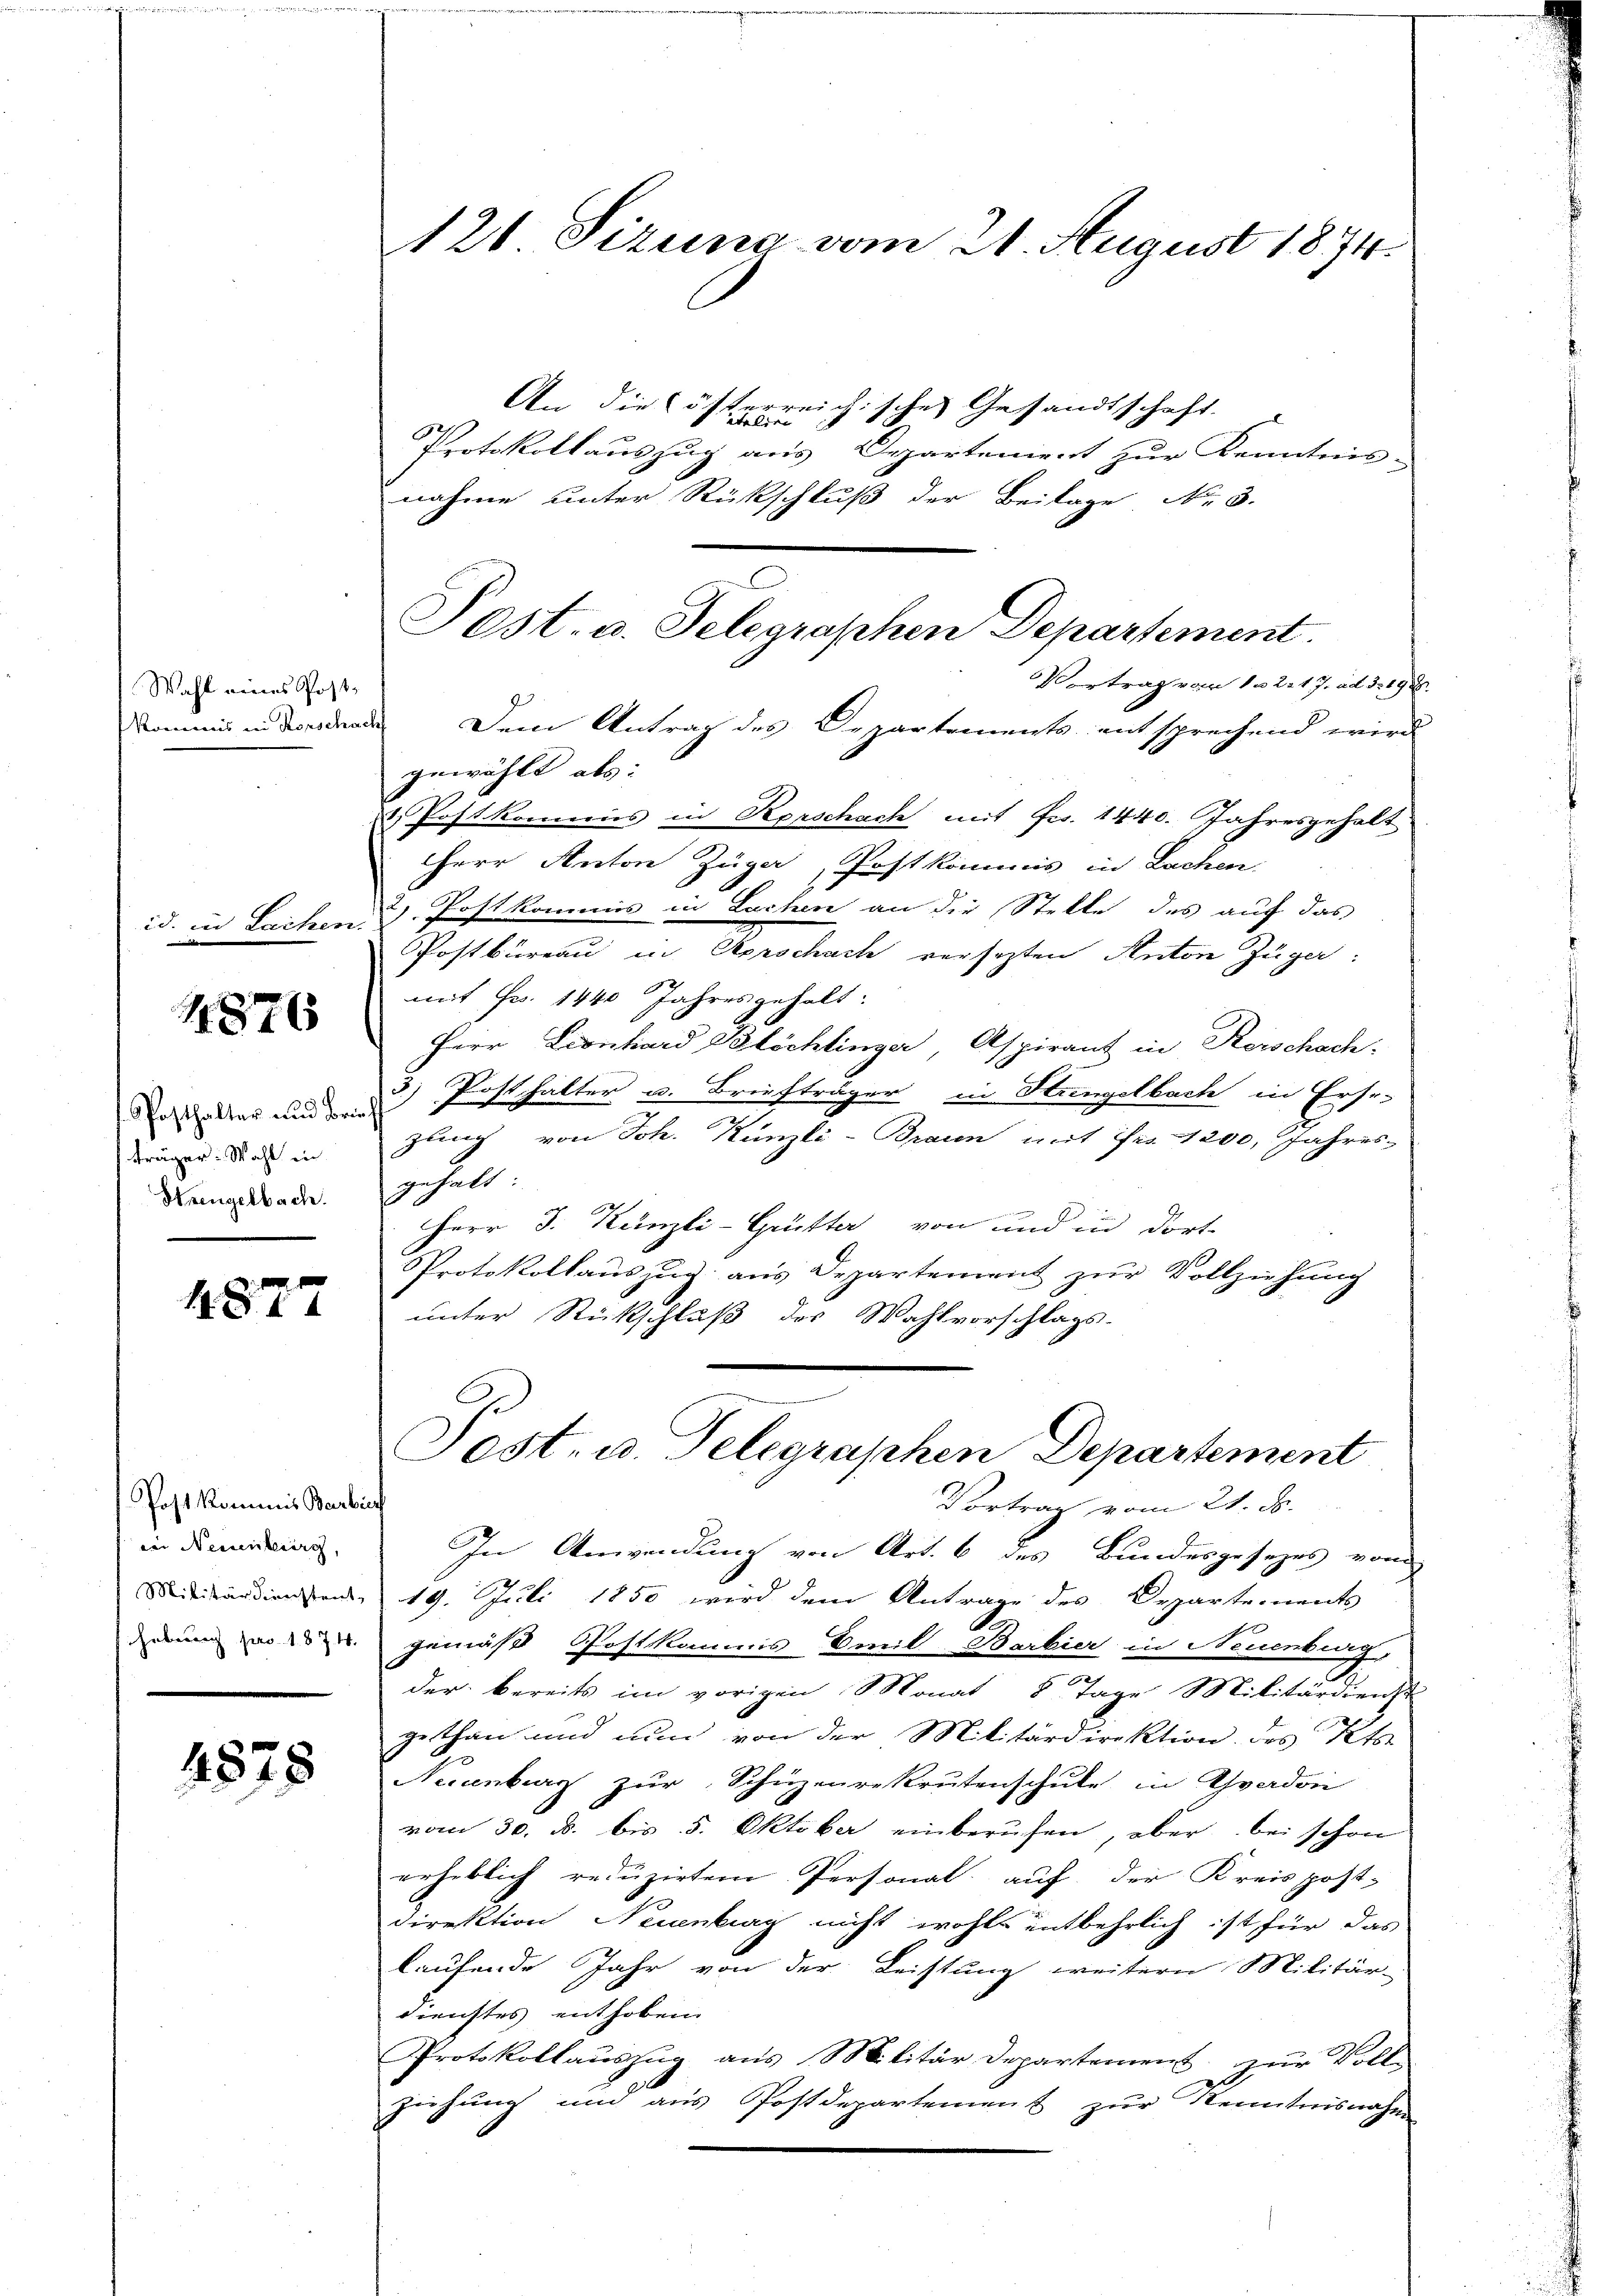
Wahl eines Post¬

id. in Leihen.

11876

Posthalter und Beträger Wahl in
Strengelbach.

4877

Post kommis Barbi
in Neuenburg,
Militärdienstent,
hubernach pro 1874.

4875

121 Sizung vom 21. August 1874.

An die lösterreichisches Gesandtschaft.
Protokollauszug aus Departenient zur Kenntnis-
nahme unter Rückschluß der Beilage No. 3.
Vortrag vom 1. 2. 17. ad 3. 198.
Kommis in Fordende Dem Antrag des Departements entsprechend wird
gewählt als:
2 Postkommis in Kerschach mit Frs. 1440. Jahresgehalt
Herr Anton Züge, Postkommis in Lachen.
2) Postkommis in Lachen an die Stelle des auf das
Postbüreau in Rorschache versetzten Anton Züge
mit Fr. 1440 Jahres gehalt:
Herr Leonhard Blöchlinger, Aspirant in Kerschach-
3) Posthalter u. Briefträger in Hungelbach in Erse-
zung von Joh. Künzli-Braun mit Fr. 1200 Jahres-
gehalt:
Herr J. Künzli-Grütter von und in dort
Protokollauszug aus Departement zur Vollziehung
unter Rückschluß des Wahlvorschlags-
Post- u. Telegraphen Departement
t
Vortrag vom 21. ds.
In Anwendung von Art. 6 des Bundesgesezes vom
19. Juli 1850 wird dem Antrage des Departements
gemäß Postkommis Emil Barbier in Neuenburg,
der bereits im vorigen Monat 8 Tage Militärdienst
gethan und nun von der Militärdirektion des Kts.
Neuenburg zŭr Schüzenrekrutenschule in Graden
vom 30. d. bis 5. Oktober einberufen, aber bei schon
eeheblich reduzirten Personal auf der Kreispost-
Direktion Neuenburg nicht wohls entbehrlich ist für das
laufende Jahr von der Leistung weitern Militär-
dienstes enthoben
Protokollauszug aus Militär Departement, zur Voll-
ziehung und aus Postdepartement zur Kenntnisnahmen

Pest. u. Telegraphen Departement.